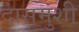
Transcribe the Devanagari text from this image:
दासमुंशी